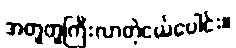
အတူတူကြီးလာတဲ့ငယ်ပေါင်း။